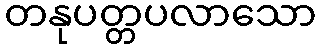
တနုပတ္တပလာသော